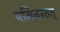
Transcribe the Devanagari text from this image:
यमिनस्तत्